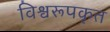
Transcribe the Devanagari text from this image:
विश्वरूपकृत